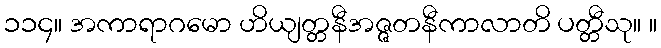
၁၁၄။ အကာရာဂမော ဟိယျတ္တနီအဇ္ဇတနီကာလာတိ ပတ္တီသု။ ။